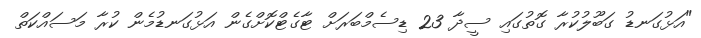
"އަޅުގަނޑު ގަބޫލުކުރާ ގޮތުގައި ސީދާ 23 ޑިސެމްބަރަށް ޓާގެޓްކޮށްގެން އަޅުގަނޑުމެން ކުރާ މަސައްކަތް